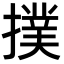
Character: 撲